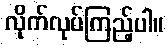
လိုက်လုပ်ကြည့်ပါ။